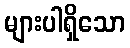
များပါရှိသော